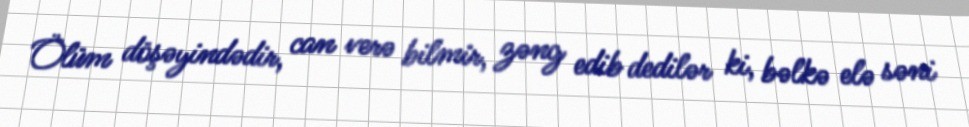
Ölüm döşəyindədir, can verə bilmir, zəng edib dedilər ki, bəlkə elə səni